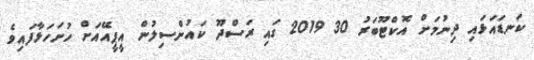
ކަނޑައަޅައި ދިނުމަށް އޮކްޓޫބަރު 30 2019 ގައި ރަސްދޫ ކައުންސިލުން އީޕީއޭއަށް ހުށަހަޅާފައިވެ